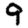
Digit: 9